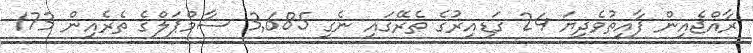
ރާއްޖެއިން ފާއިތުވެދިޔަ 24 ގަޑިއިރުގެ ތެރޭގައި ނެގި 3